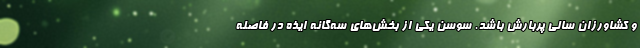
و کشاورزان سالی پربارش باشد. سوسن یکی از بخش‌های سه‌گانه ایذه در فاصله